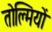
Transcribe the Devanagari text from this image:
तोल्मियों